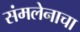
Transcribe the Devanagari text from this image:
संमलेनाचा